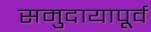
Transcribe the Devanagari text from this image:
समुदायापूर्व